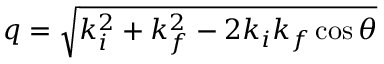
q = \sqrt { k _ { i } ^ { 2 } + k _ { f } ^ { 2 } - 2 k _ { i } k _ { f } \cos \theta }